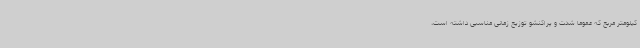
کیلومتر مربع که عموما شدت و پراکنشو توزیع زمانی مناسبی داشته است،